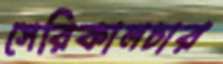
সেরিকালচার